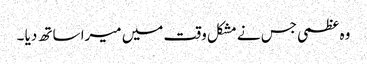
وہ عظمی جس نے مشکل وقت میں میرا ساتھ دیا ۔